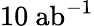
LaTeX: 10~\mathrm{{ab}}^{-1}